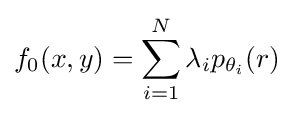
f_{0}(x,y)=\sum _{i=1}^{N}\lambda _{i}p_{\theta _{i}}(r)